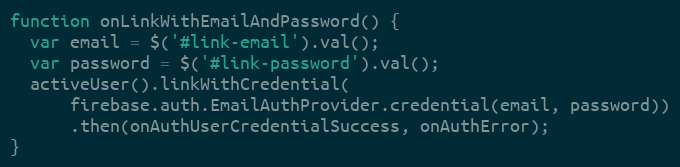
Language: JavaScript
function onLinkWithEmailAndPassword() {
  var email = $('#link-email').val();
  var password = $('#link-password').val();
  activeUser().linkWithCredential(
      firebase.auth.EmailAuthProvider.credential(email, password))
      .then(onAuthUserCredentialSuccess, onAuthError);
}